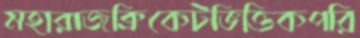
মহারাজক্রিকেটভিত্তিকপরি